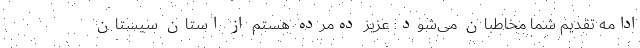
ادامه تقدیم شما مخاطبان می‌شود: عزیز ده‌مرده هستم از استان سیستان